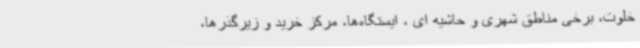
خلوت، برخی مناطق شهری و حاشیه ای ، ایستگاه‌ها، مرکز خرید و زیرگذرها،